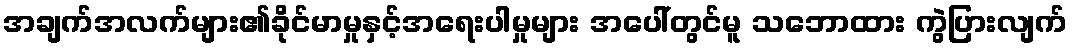
အချက်အလက်များ၏ခိုင်မာမှုနှင့်အရေးပါမှုများ အပေါ်တွင်မူ သဘောထား ကွဲပြားလျက်